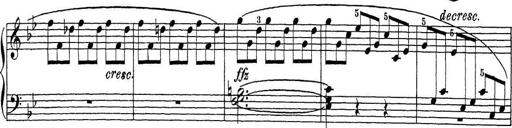
Title: Sonatina Album
Composer: Louis KÃ¶hler